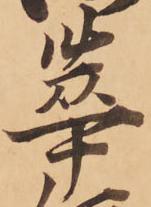
華